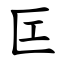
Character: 匞